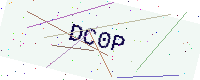
Text: DC0P